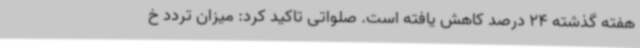
هفته گذشته 24 درصد کاهش یافته است. صلواتی تاکید کرد: میزان تردد خ